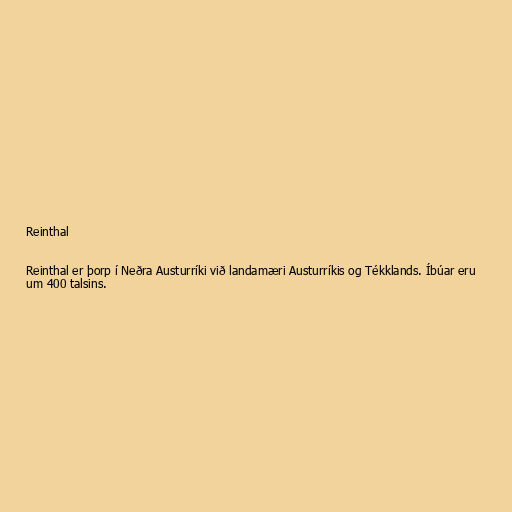
Reinthal

Reinthal er þorp í Neðra Austurríki við landamæri Austurríkis og Tékklands. Íbúar eru
um 400 talsins.